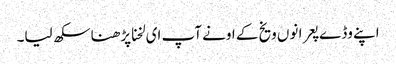
اپنے وڈے پعرا نوں ویخ کے اونے آپ ای لخنا پڑھنا سکھ لیا۔